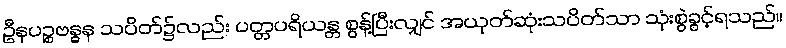
ဦနပဉ္စဗန္ဓန သပိတ်၌လည်း ပတ္တပရိယန္တ စွန့်ပြီးလျှင် အယုတ်ဆုံးသပိတ်သာ သုံးစွဲခွင့်ရသည်။